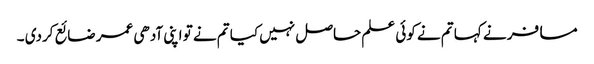
مسافر نے کہا تم نے کوئی علم حاصل نہیں کیا تم نے تو اپنی آدھی عمر ضائع کردی ۔